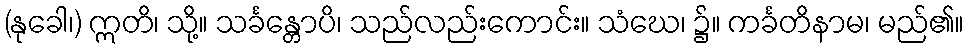
(နုခေါ၊) ဣတိ၊ သို့။ သင်္ခန္တောပိ၊ သည်လည်းကောင်း။ သံဃေ၊ ၌။ ကင်္ခတိနာမ၊ မည်၏။